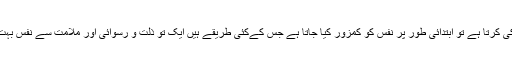
جب مرشد نفس کی پاکی کرتا ہے تو ابتدائی طور پر نفس کو کمزور کیا جاتا ہے جس کےکئی طریقے ہیں ایک تو ذلت و رسوائی اور ملامت سے نفس بہت جلد کمزور ہوتا ہے ۔